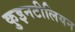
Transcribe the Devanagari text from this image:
कुइनटीलियन